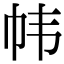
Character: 帏